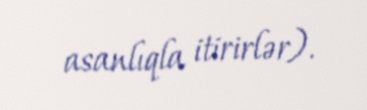
asanlıqla itirirlər).